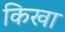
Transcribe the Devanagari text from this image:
किखा